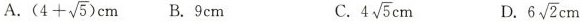
A.$$( 4 + \sqrt { 5 } ) c m$$ B.9cm C.4 \sqrt{5}cm D.6 \sqrt{2}cm